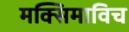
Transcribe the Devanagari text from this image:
मक्सिमाविच